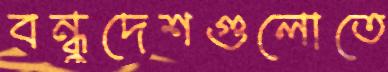
বন্ধুদেশগুলোতে